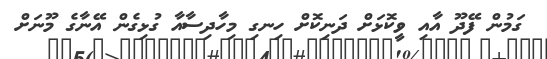
ގަމުން ފޭދޫ އާއި ވީކޮޅަށް ދަނިކޮށް ހިނގި މިހާދިސާއާ ގުޅިގެން އޭނާގެ މޫނަށް